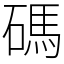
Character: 碼